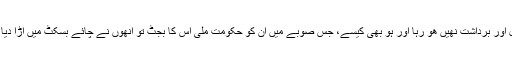
یہ چُل اس قدر شدید ہے کہ اِن بدبختو سے مزید دو سال اور برداشت نھیں ھو رہا اور ہو بھی کیسے، جس صوبے میں ان کو حکومت ملی اس کا بجٹ تو انھوں نے چائے بسکٹ میں اڑا دیا اور رھی سہی کثر خونخوار چوہوں نے پوری کردی ۔